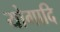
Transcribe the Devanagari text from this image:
योगादि